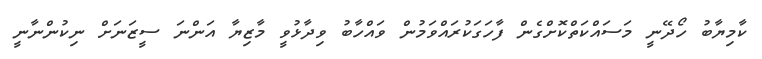
ކާމިޔާބު ހޯދޭނީ މަސައްކަތްކޮށްގެން ފާހަގަކުރައްވަމުން ވައްހާބު ވިދާޅުވީ މާޒިޔާ އަންނަ ސީޒަނަށް ނިކުންނާނީ